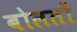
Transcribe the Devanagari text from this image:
बोलतों